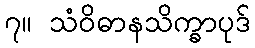
၇။ သံဝိဓာနသိက္ခာပုဒ်